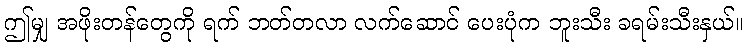
ဤမျှ အဖိုးတန်တွေကို ရက် ဘတ်တလာ လက်ဆောင် ပေးပုံက ဘူးသီး ခရမ်းသီးနှယ်။